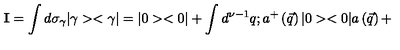
{ \bf I } = \int d { \sigma } _ { \gamma } | \gamma > < \gamma | = | 0 > < 0 | + \int d ^ { \nu - 1 } q ; a ^ { + } \left( \vec { q } \right) | 0 > < 0 | a \left( \vec { q } \right) +